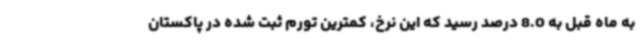
به ماه قبل به 8.0 درصد رسید که این نرخ، کمترین تورم ثبت شده در پاکستان